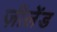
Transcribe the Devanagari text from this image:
ज़ीलेंड